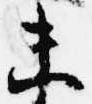
未